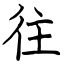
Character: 往